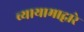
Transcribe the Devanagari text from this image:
व्यायामाद्वारे